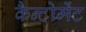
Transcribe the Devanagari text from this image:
कैन्‍टोमेंट